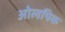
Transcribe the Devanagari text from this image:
ओलपिक